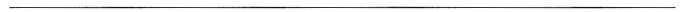
___